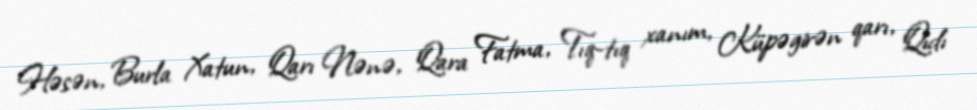
Həsən, Burla Xatun, Qarı Nənə, Qara Fatma, Tıq-tıq xanım, Küpəgirən qarı, Qıdı